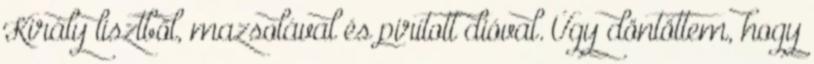
Király lisztből, mazsolával és pirított dióval. Úgy döntöttem, hogy